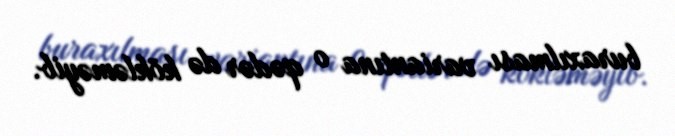
buraxılması variantına o qədər də kökləməyib.